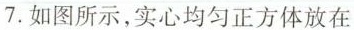
7.如图所示，实心均匀正方体放在